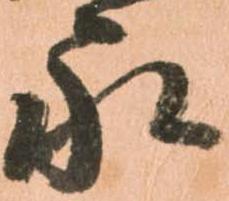
永